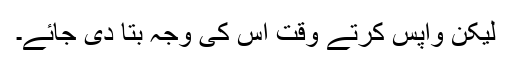
لیکن واپس کرتے وقت اس کی وجہ بتا دی جائے۔